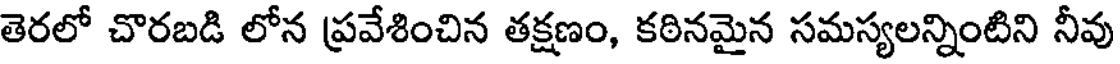
తెరలో చొరబడి లోన ప్రవేశించిన తక్షణం, కఠినమైన సమస్యలన్నింటిని నీవు